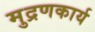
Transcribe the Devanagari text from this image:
मुद्रणकार्य